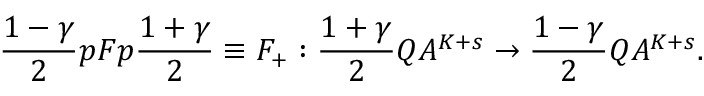
\frac { 1 - \gamma } { 2 } p F p \frac { 1 + \gamma } { 2 } \equiv F _ { + } : \frac { 1 + \gamma } { 2 } Q A ^ { K + s } \rightarrow \frac { 1 - \gamma } { 2 } Q A ^ { K + s } .